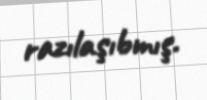
razılaşıbmış.